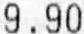
9.90